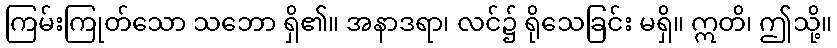
ကြမ်းကြုတ်သော သဘော ရှိ၏။ အနာဒရာ၊ လင်၌ ရိုသေခြင်း မရှိ။ ဣတိ၊ ဤသို့။